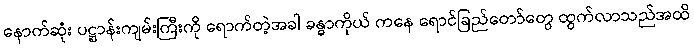
နောက်ဆုံး ပဋ္ဌာန်းကျမ်းကြီးကို ရောက်တဲ့အခါ ခန္ဓာကိုယ် ကနေ ရောင်ခြည်တော်တွေ ထွက်လာသည်အထိ